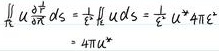
\[
\begin{align*}
\iint_{\Sigma} \varepsilon \frac{\partial \vec{E}}{\partial n} \mathrm{d}s&=\frac{1}{\varepsilon} \iint_{\Sigma} \varepsilon u \mathrm{d}s=\frac{1}{\varepsilon} u^{*} 4 \pi R^{2} \varepsilon\\
&=4 \pi R^{2} u^{*}
\end{align*}
\]